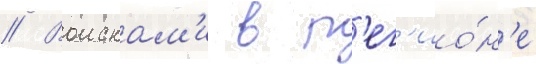
// Воискам'и в р'ег'ио́н'е